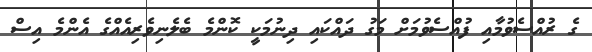
ގެ ރުއްސެވުމާއި ފުއްސެވުމަށް މަގު ދައްކައި ދިނުމަކީ ކޮންމެ ބެލެނިވެރިއެއްގެ އެންމެ އިސް